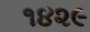
૧૪૨૯